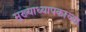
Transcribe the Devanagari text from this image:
मुख्याध्यापकाच्या